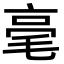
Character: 毫